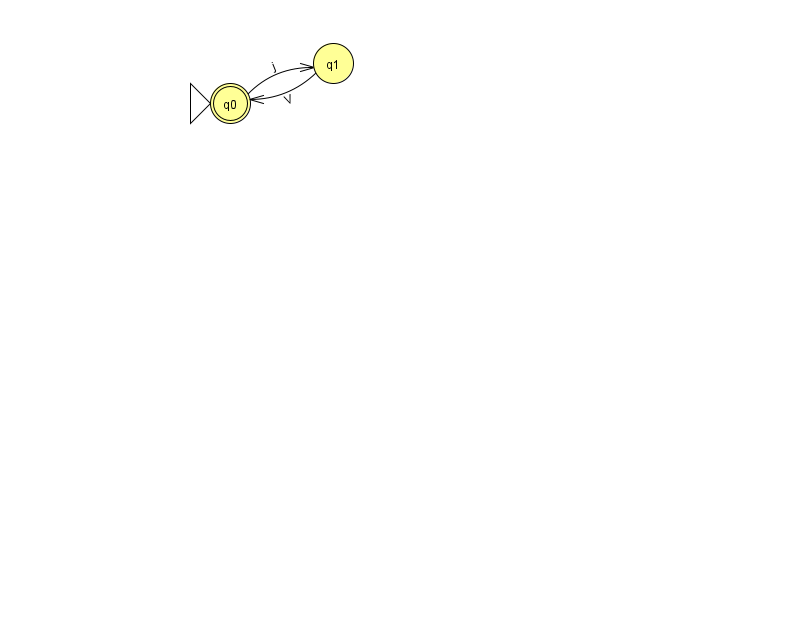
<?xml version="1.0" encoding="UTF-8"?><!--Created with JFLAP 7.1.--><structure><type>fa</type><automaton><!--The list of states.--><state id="0" name="q0"><x>230.0</x><y>90.0</y><initial/><final/></state><state id="1" name="q1"><x>333.0</x><y>50.0</y></state><!--The list of transitions.--><transition><from>0</from><to>1</to><read>j</read></transition><transition><from>1</from><to>0</to><read>V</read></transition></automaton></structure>